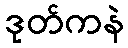
ဒုတ်ကနဲ